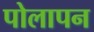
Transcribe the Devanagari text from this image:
पोलापन